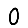
Digit: 0